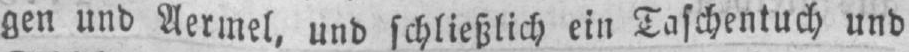
gen und Aermel, und schließlich ein Taschentuch und